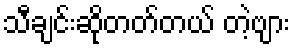
သီချင်းဆိုတတ်တယ် တဲ့ဗျား